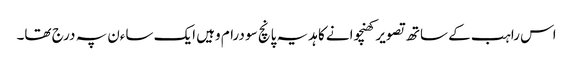
اس راہب کے ساتھ تصویر کھنچوانے کا ہدیہ پانچ سو درام وہیں ایک ساءن پہ درج تھا۔